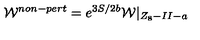
{ \cal W } ^ { n o n - p e r t } = e ^ { 3 S / 2 b } { \cal W } | _ { Z _ { 8 } - I I - a }